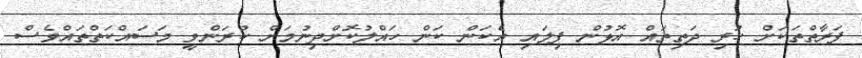
ފަރާތްތަކަށް ހުރި ދަތިތައް އޮޅުން ފިލައި އެކަން ކަން ހައްލުކޮށްދިނުމަށް ކުރަންވީ މަސައްކަތްތައްވެސް